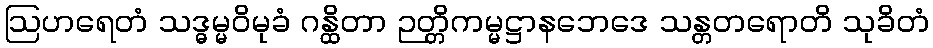
ဩဟရေတံ သဒ္ဓမ္မဝိမုခံ ဂန္ထိတာ ဉတ္တိကမ္မဋ္ဌာနဘေဒေ သန္တတရောတိ သုခိတံ